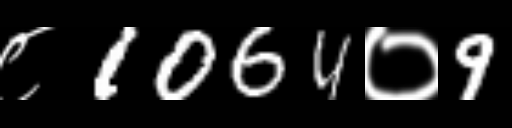
Text: ८1064०9